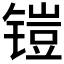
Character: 𮸛